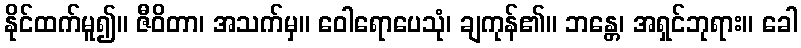
နိုင်ထက်မူ၍။ ဇီဝိတာ၊ အသက်မှ။ ဝေါရောပေသုံ၊ ချကုန်၏။ ဘန္တေ၊ အရှင်ဘုရား။ ခေါ